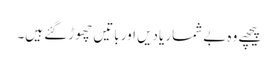
پیچھے وہ بے شمار یادیں اور باتیں چھوڑ گئے ہیں۔